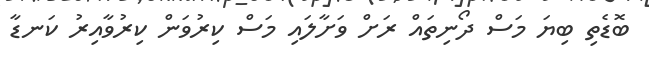
ބޮޑެތި ބިޔަ މަސް ދޯނިތައް ރަށް ވަށާލައި މަސް ކިރުވަން ކިރުވާއިރު ކަނޑާ